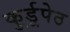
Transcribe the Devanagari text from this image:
कु्र्डूपेठ